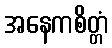
အနေကစိတ္တံ